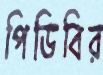
পিডিবির